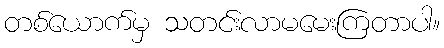
တစ်ယောက်မှ သတင်းလာမမေးကြတာပါ။